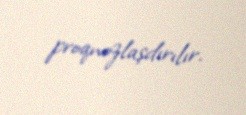
proqnozlaşdırılır.